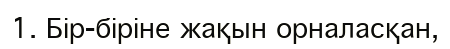
1. Бір-біріне жақын орналасқан,